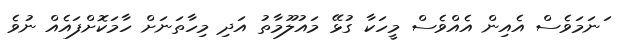
ަނަމަވެސް އެއިން އެއްވެސް މީހަކާ ގުޅޭ މައުލޫމާތު އަދި މިހާތަނަށް ހާމަކޮށްފައެއް ނުވެ